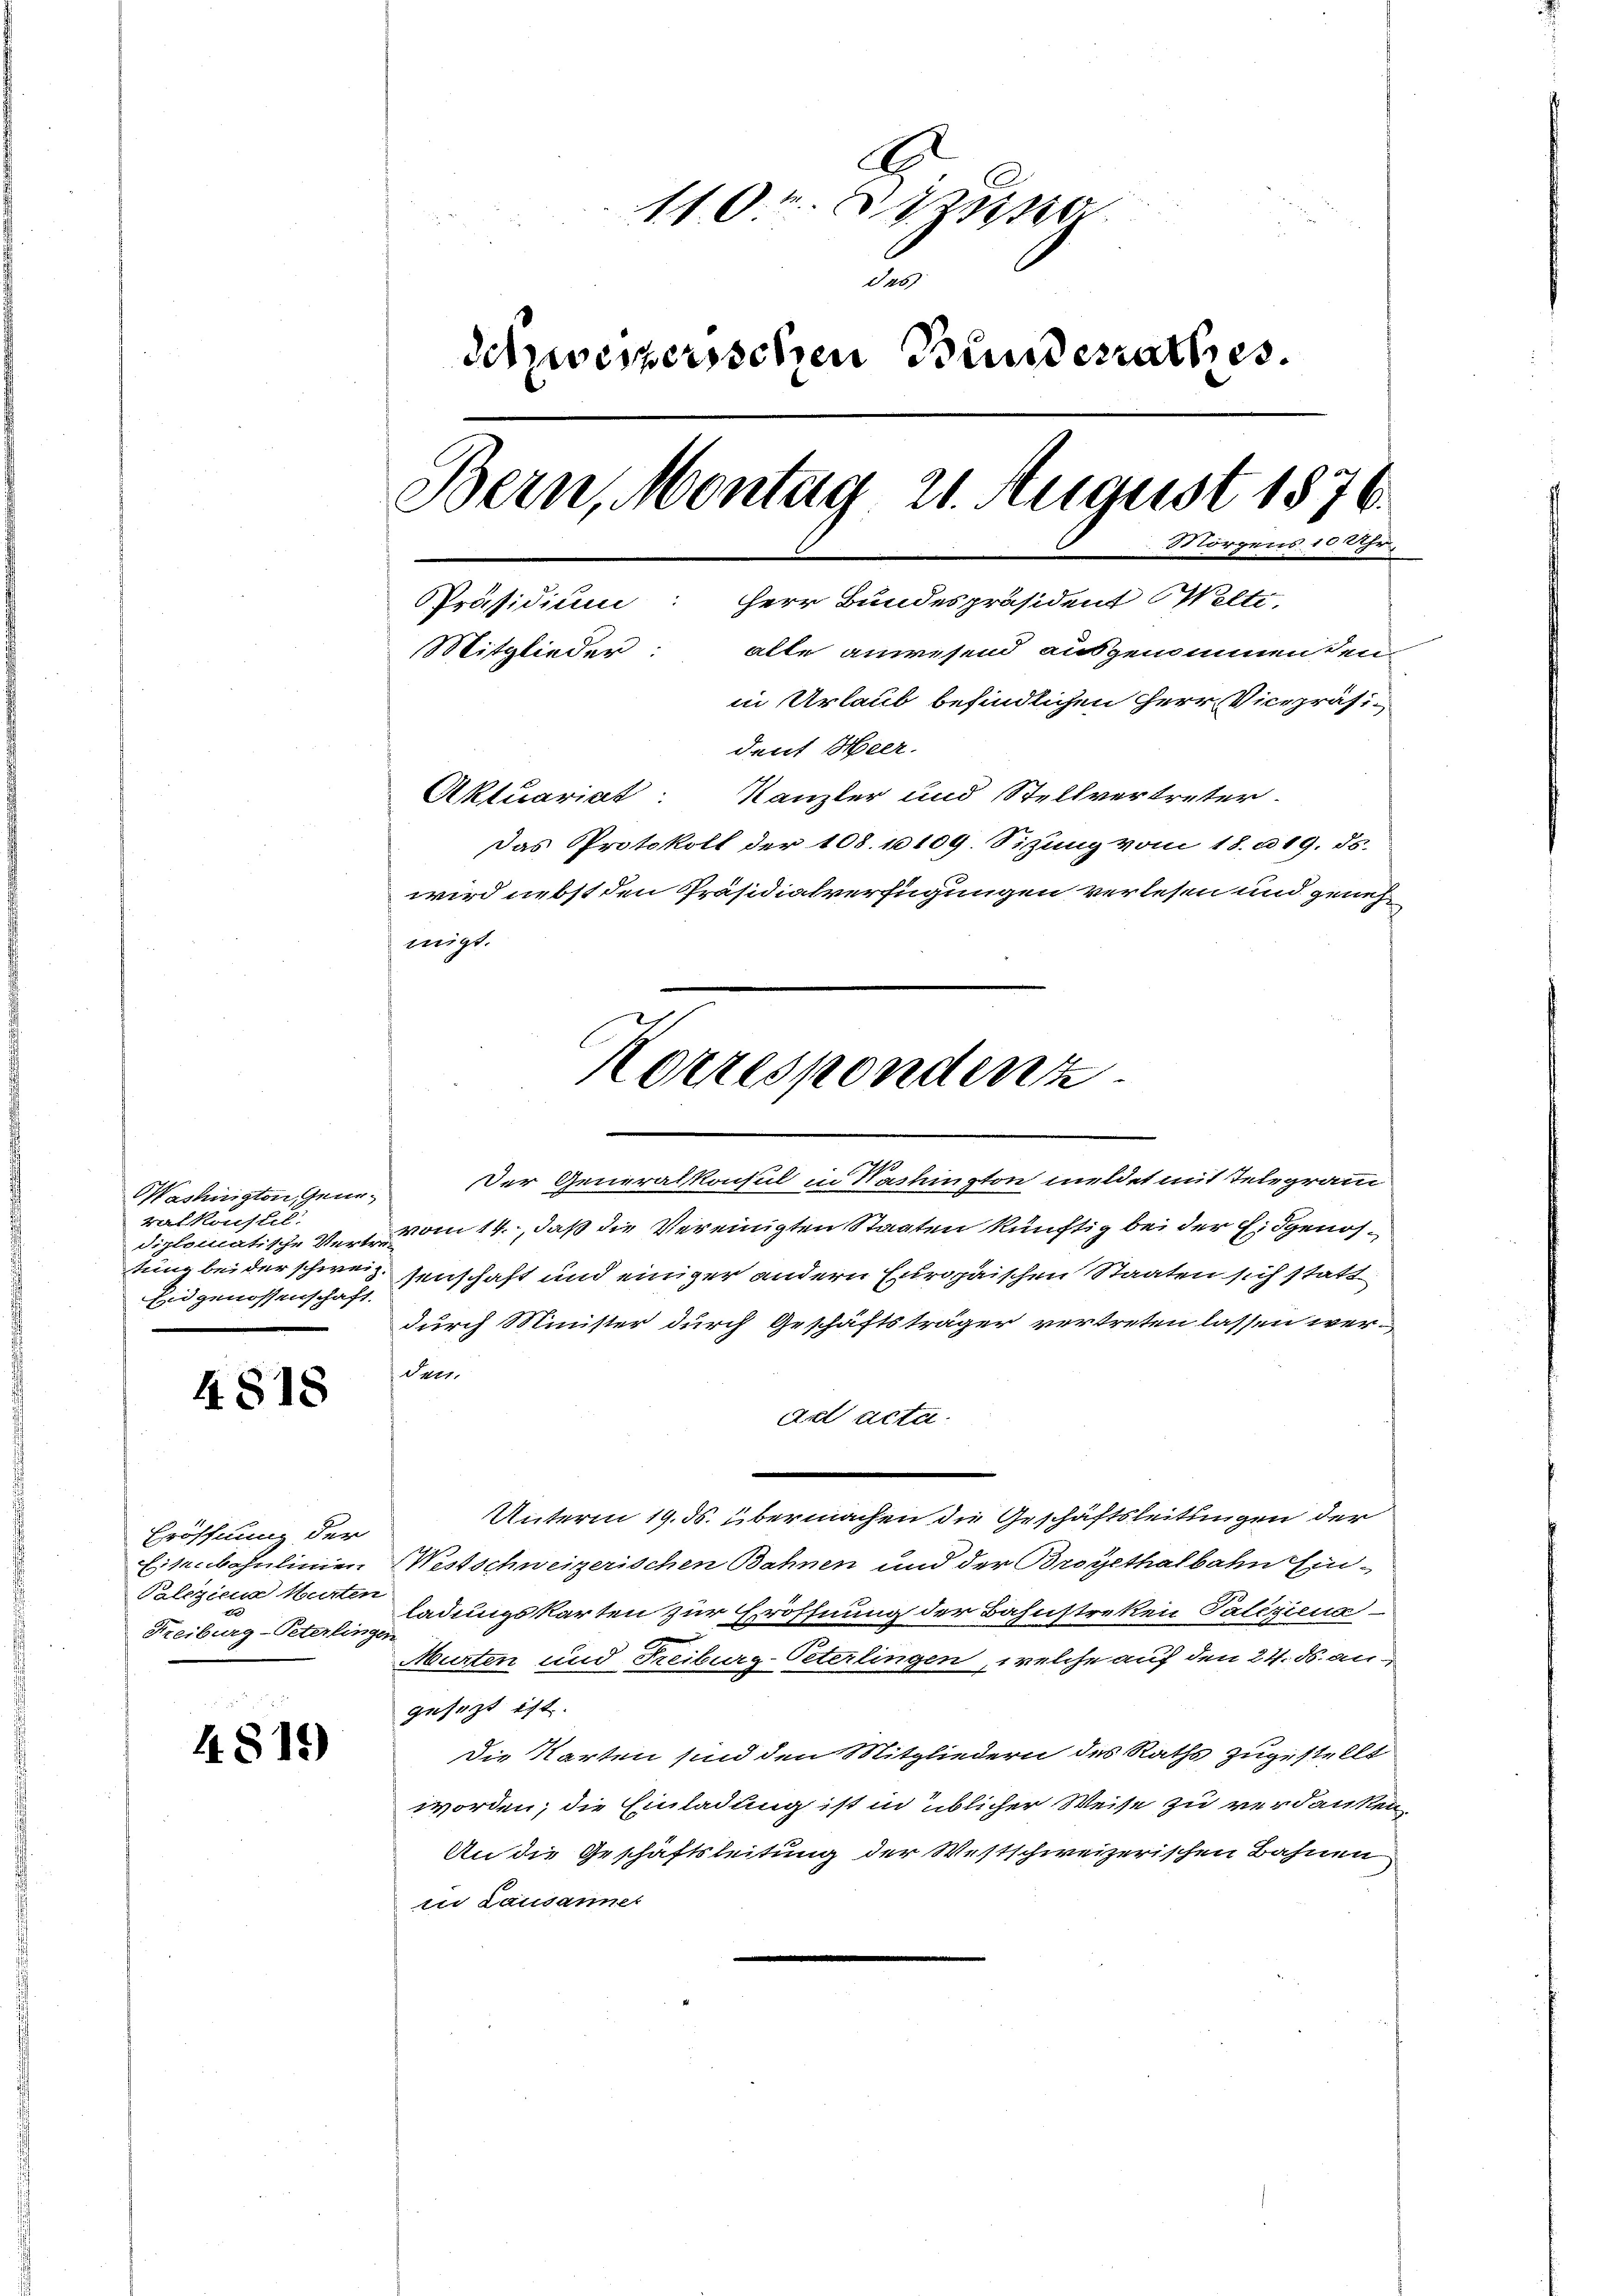
Washington, Generalkonseil.
diplomatische Vertre-
Eidgenossenschaft.

4818

Eröffnung der
Eisenbahnlinien
Paleziena Hurten
Freiburg-Peterlinge

4811)

.
110. Aus
Sab
Schweizerischen Bundesrathes.
Bern, Montag 21. August 1876.
Morgens 10 Uhr
PPräsidium: Herr Bundespräsident Welte,
Mitglieder:
alle anwesend ausgenommen den
in Urlaub befindlichen Herr Vicepräsident Heer
Aktuariat. Kanzler und Stellvertreter

Das Protokoll der 108. 10109. Sitzung vom 18. u 19. ds.
wird nebst den Präsidialverfügungen verlesen und genehmigt.

Korrespondenz

Der Generalkonsul in Washington meldet mit Telegram
vom 14., daß die Vereinigten Staaten künftig bei der Eidgenostung bei der schweissenschaft und einiger andern Europaischen Staaten sich statt
durch Minister durch Geschäftsträger vertreten lassen wer-
Petr.
aad acta
Unterm 19. ds. übermachen die Geschäftsleitungen der
WWestschweizerischen Bahnen und der Brogethalbahn Ein-
ladungskarten zur Eröffnung der Bahnstreken Paliziena
Murten und Freiburg-Peterlingen, welche auf den 24. ds. an
gesezt ist.
Die Karten sind den Mitgliedern des Raths zugestellt
worden; die Einladung ist in üblicher Weise zu verdanken,
An die Geschäftsleitung der Westschweizerischen Bahnen
in Lausanner